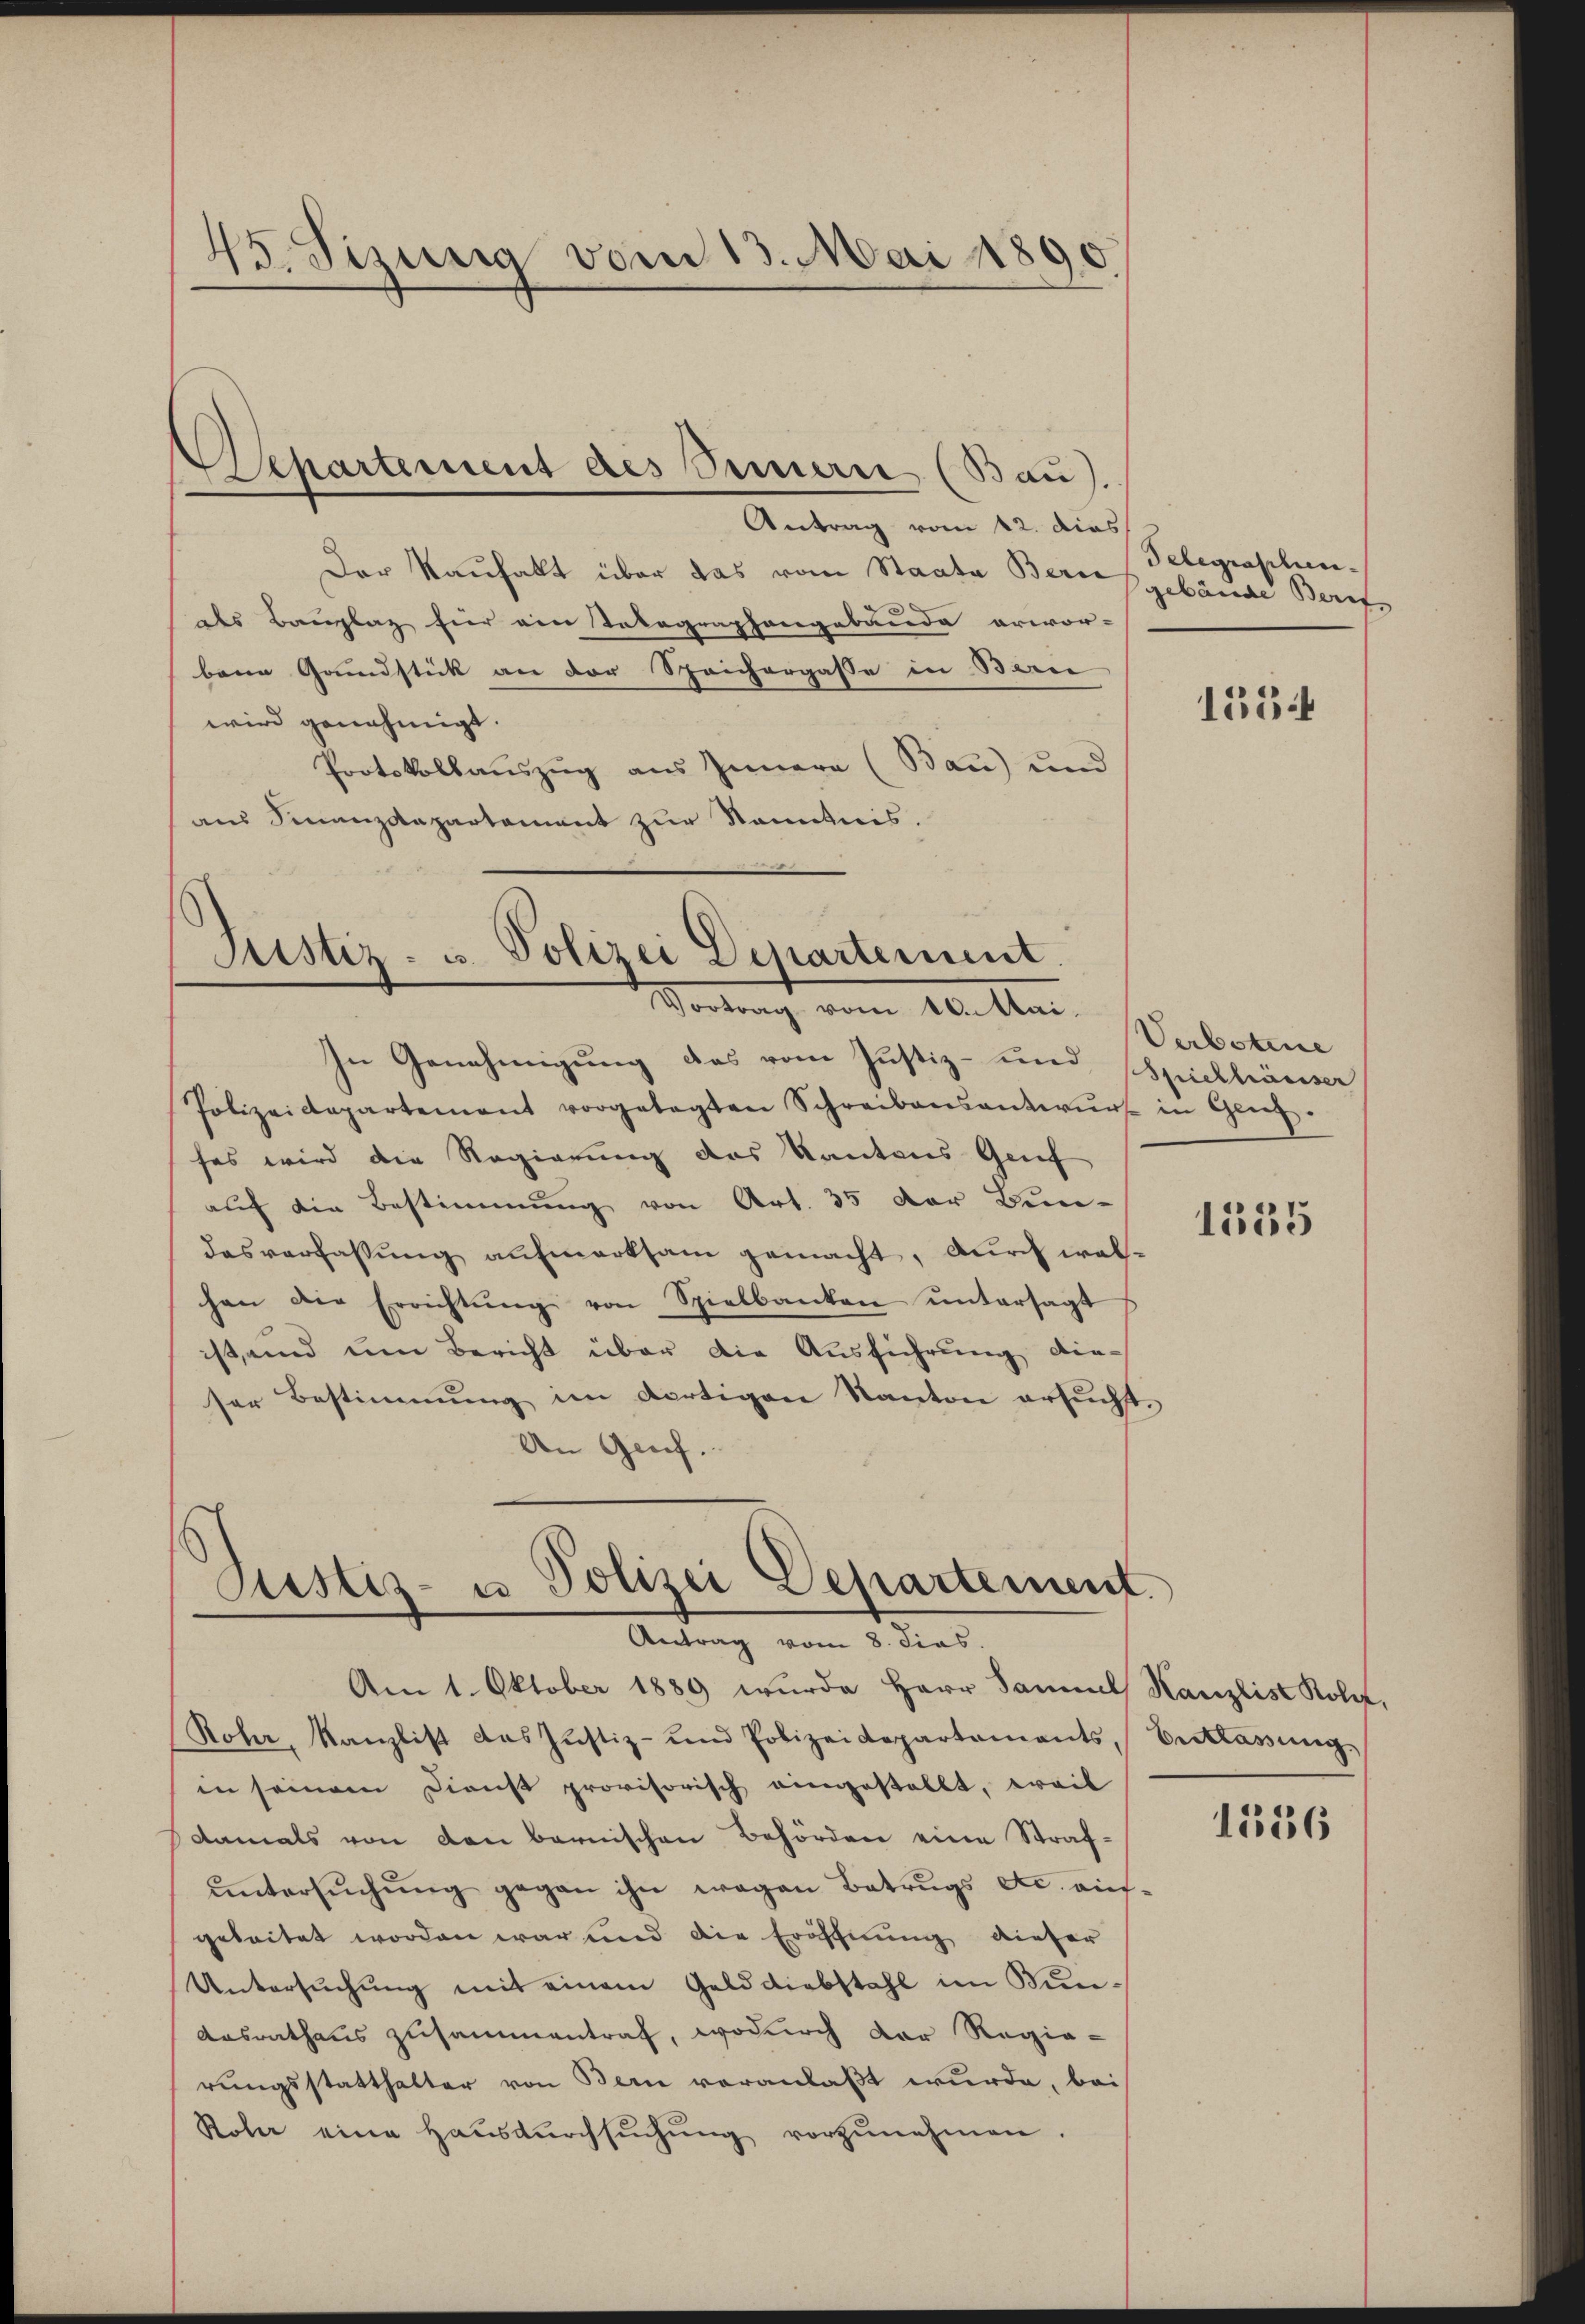
45. Sizung vom 13. Mai 1890

Antrag vom 12. dies
Der Rauhalt über das vom Staate Bern
des Bauplaz für ein Telegraphengebäude erwor-
bene Grundstick an der Speichergasse in Bau
wird genehmigt.
Protokollauszug aus Innern (Bau) und
aus Finanzdepartament zur Kenntnis.

Departement des Semerie (Bau).

Justiz- u. Polizei Departement.
Vortrag vom 10. Mai.

In Genehmigung des vom Justiz- und Spielhäuser
Polizeidepartement vorgelegten Schreibensantwŭrf in Grenz-
fes wird die Regierung des Kantons Genf
auf die Bestimmung von Art. 35 der Bun-
dasverfassung aufmerksam gemacht, durch welhan die Errichtŭng von Spielbanken ŭntersagt
ist, und um Bericht über die Ausführung die-
ser Bestimmung im dortigen Kanton ersucht.
An Gesch.

Justiz- u Polizei Departement.
Antrag vom 8. dies

Telegraphen-
gebäude Beruf

Am 1. Oktober 1889 wurde Herr Samuel Kanzlist Kole,
Roher, Kanzlist das Justiz- und Polizeidepartements, Verlassŭng.
in seinem Dienst provisorisch eingestellt, weil
damals von den bernischen Behörden eine Strafŭntersŭchŭng gegen ihn wegen Betrugs etc. aufgeleitet worden war und die Eröffnung dieser
Untersuchung mit einem Gelddiebstahl im Kun¬
Arsrathaus zusammentraf, wodurch der Regie-
rungsstatthalter von Bern veranlaßt wurde, bei
Rober eine Haŭsdŭrchsŭchŭng vorzŭnehmen.

1554

Verbotene

1555

1556